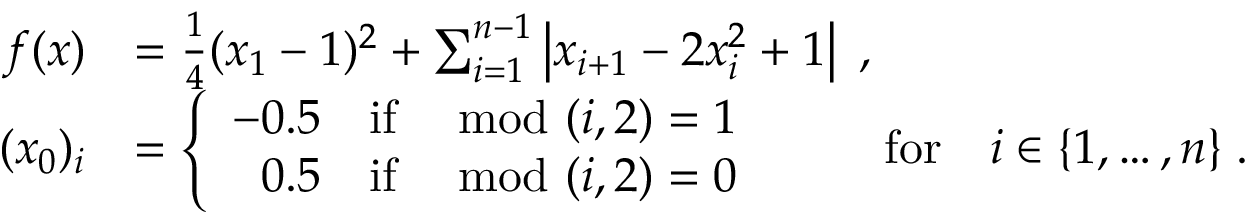
\begin{array} { r l } { f ( x ) } & { = \frac { 1 } { 4 } ( x _ { 1 } - 1 ) ^ { 2 } + \sum _ { i = 1 } ^ { n - 1 } \left| x _ { i + 1 } - 2 x _ { i } ^ { 2 } + 1 \right| \; , } \\ { \quad ( x _ { 0 } ) _ { i } } & { = \left\{ \begin{array} { l l } { - 0 . 5 } & { \mathrm { i f } \; \mod ( i , 2 ) = 1 } \\ { \phantom { - } 0 . 5 } & { \mathrm { i f } \; \mod ( i , 2 ) = 0 \; } \end{array} \right. \qquad \mathrm { f o r } \quad i \in \{ 1 , \ldots , n \} \; . } \end{array}